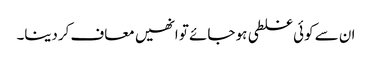
ان سے کوئی غلطی ہو جائے تو انھیں معاف کردینا۔